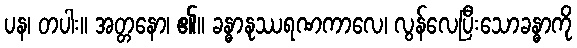
ပန၊ တပါး။ အတ္တနော၊ ၏။ ခန္ဓာနုဿရဏကာလေ၊ လွန်လေပြီးသောခန္ဓာကို